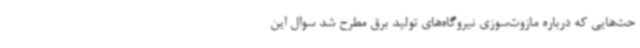
حث‌هایی که درباره مازوت‌سوزی نیروگاه‌های تولید برق مطرح شد سوال این